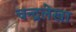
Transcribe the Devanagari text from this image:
चन्द्रलेखा